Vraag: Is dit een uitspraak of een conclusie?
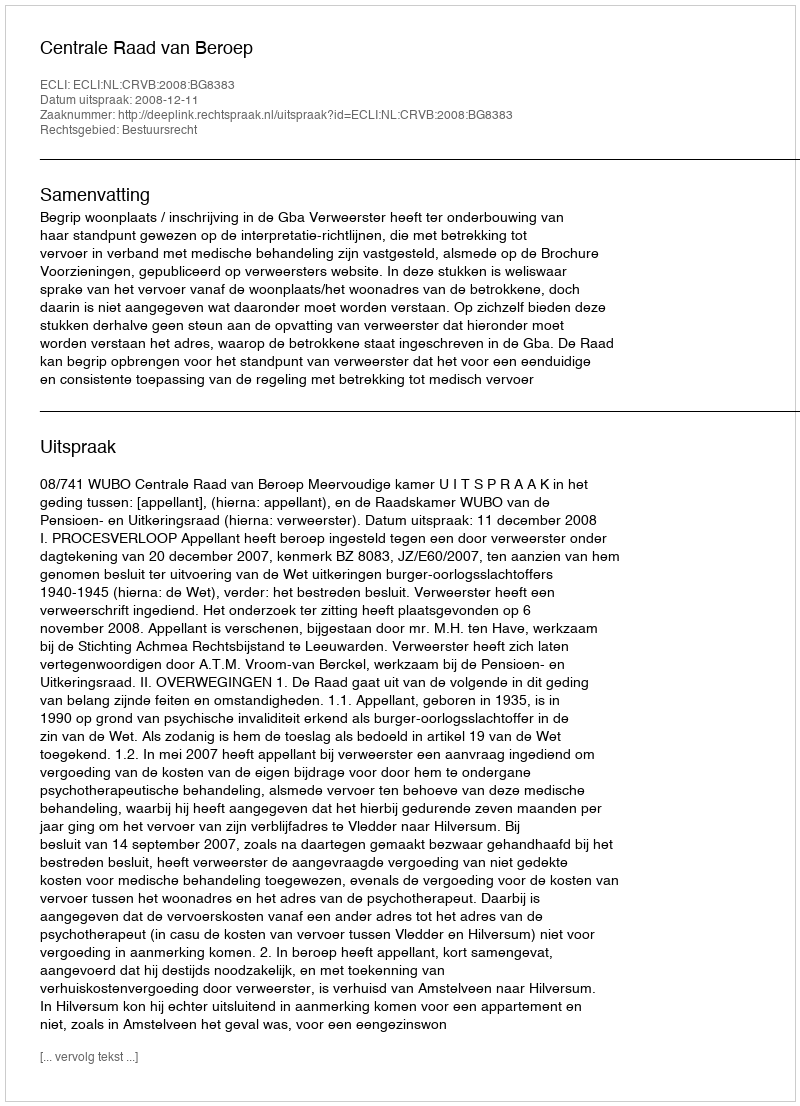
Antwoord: Uitspraak